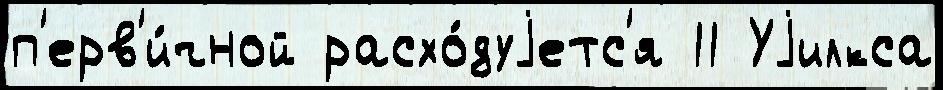
п'ерв'и́чной расхо́дуjетс'я 11 Уjилкса